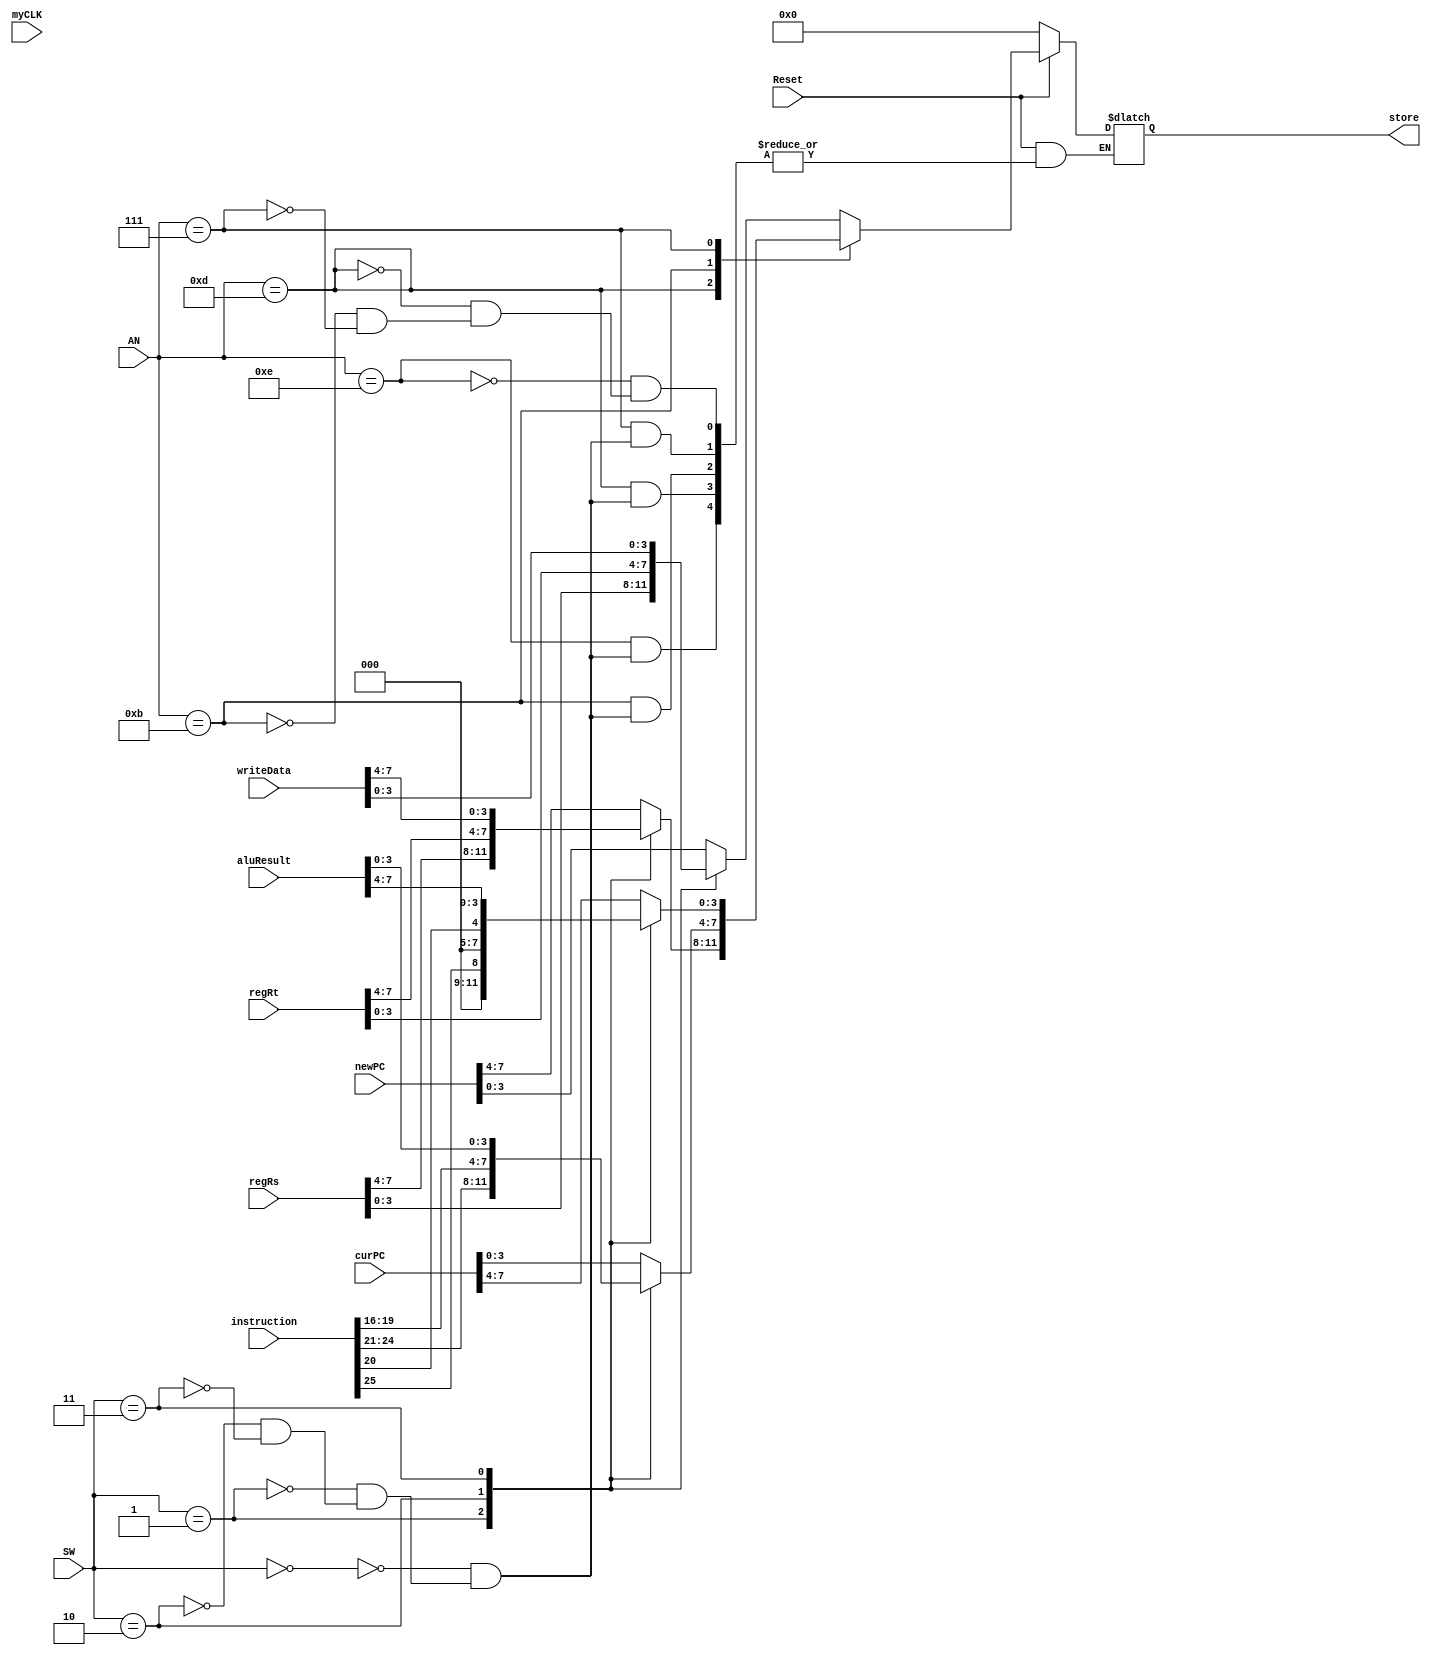
`timescale 1ns / 1ps
//////////////////////////////////////////////////////////////////////////////////
// Company: 
// Engineer: 
// 
// Design Name: 
// Module Name: change
// Project Name: 
// Target Devices: 
// Tool Versions: 
// Description: 
// 
// Dependencies: 
// 
// Revision:
// Revision 0.01 - File Created
// Additional Comments:
// 
//////////////////////////////////////////////////////////////////////////////////


module change(
    input myCLK,
    input Reset,
    input [3:0] AN,
    input [2:0] SW,
    input [31:0] aluResult, // ALUresult
    input [31:0] curPC,
    input [31:0] newPC,
    input [31:0] writeData, // DB
    input [31:0] regRs, // rs
    input [31:0] regRt, // rt
    input [31:0] instruction,
    output reg[3:0] store
    );
          
  always@ (myCLK) begin //
     if(!Reset)
        store <= 4'b0000;
     else begin
         case(AN)
              4'b1110 : begin //AN1
                  case(SW)
                      2'b00: store <= newPC[3:0];
                      2'b01: store <= regRs[3:0];
                      2'b10: store <= regRt[3:0];
                      2'b11: store <= writeData[3:0];
                  endcase
              end
              4'b1101 : begin //AN2
                  case(SW)
                      2'b00: store <= newPC[7:4];
                      2'b01: store <= regRs[7:4];
                      2'b10: store <= regRt[7:4];
                      2'b11: store <= writeData[7:4];
                  endcase
              end
              4'b1011 : begin //AN3
                  case(SW)
                      2'b00: store <= curPC[3:0];
                      2'b01: store <= instruction[24:21];
                      2'b10: store <= instruction[19:16];
                      2'b11: store <= aluResult[3:0];
                  endcase
              end
              4'b0111 : begin //AN4
                  case(SW)
                      2'b00: store <= curPC[7:4];
                      2'b01: store <= { 3'b000,instruction[25]};
                      2'b10: store <= { 3'b000,instruction[20]};
                      2'b11: store <= aluResult[7:4];
                  endcase
              end
          endcase
      end
  end
endmodule